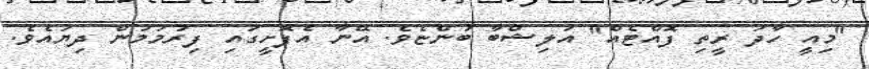
"މިއީ ހާދަ ރީތި ފޮއްޓެއް" އަލިޝްބާ ބުންޏެވެ. އޭނާ އެފޮށީގައި ފިރުމަމުން ދިޔައެވެ.